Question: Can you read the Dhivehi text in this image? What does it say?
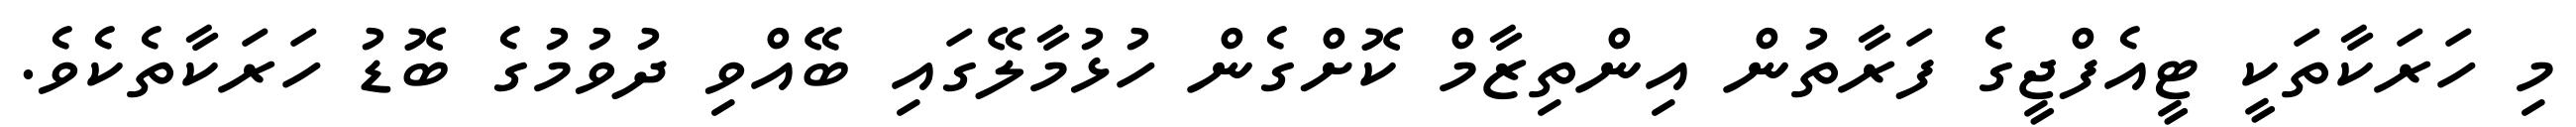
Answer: މި ހަރަކާތަކީ ޓީއެފްޖީގެ ފަރާތުން އިންތިޒާމް ކޮށްގެން ހުޅުމާލޭގައި ބޭއްވި ދުވުމުގެ ބޮޑު ހަރަކާތެކެވެ.